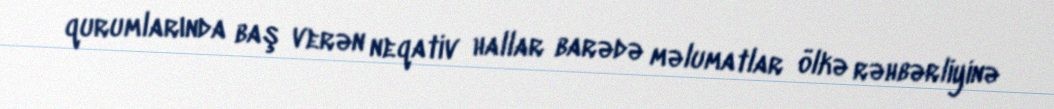
qurumlarında baş verən neqativ hallar barədə məlumatlar ölkə rəhbərliyinə